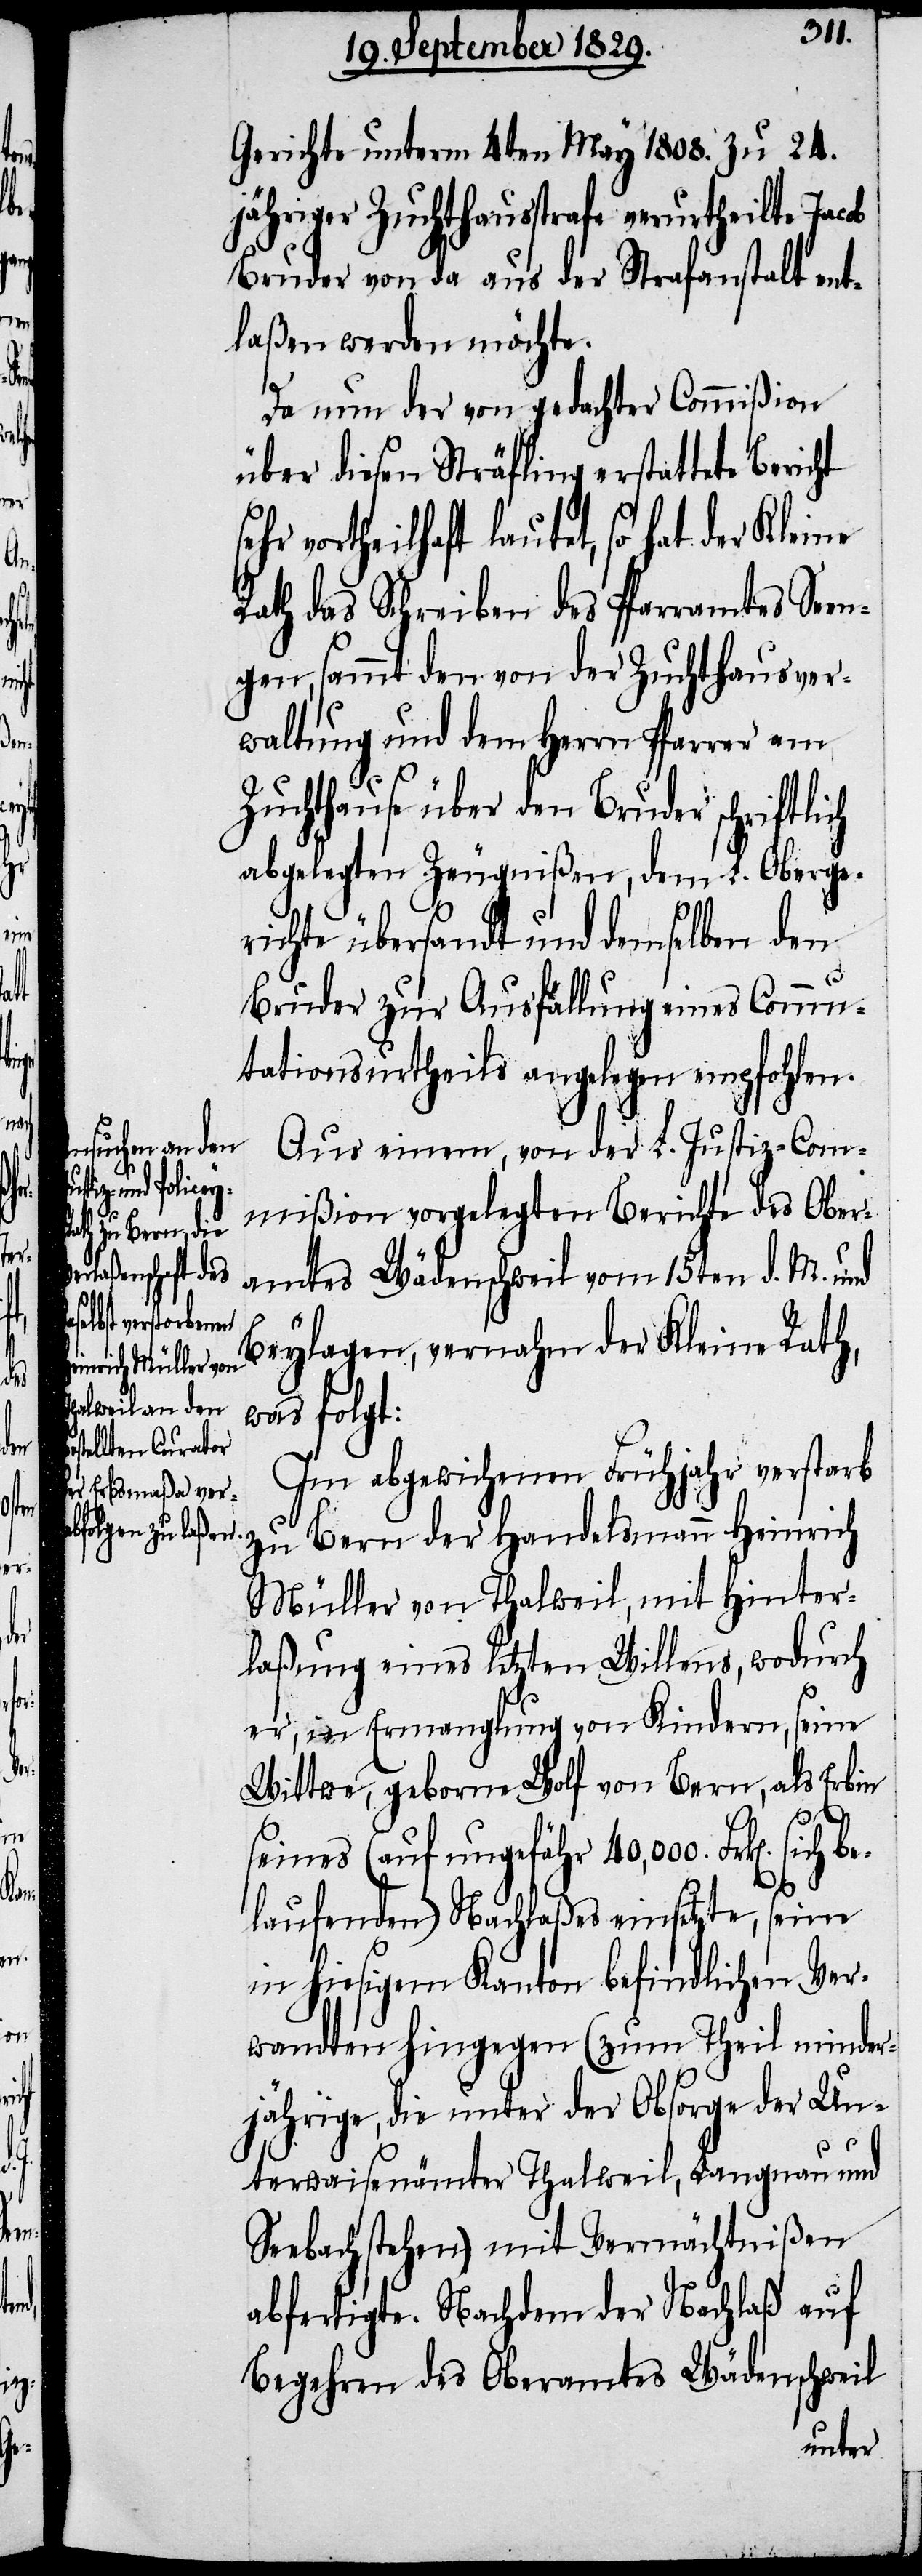
ich
be¬

ob

Gericht unterm 4ten May 1808. zu 24.
jähriger Zuchthausstrafe verurtheilte Jac¬
Bruder von da aus der Strafanstalt ent¬
laßen werden möchte.
Da nun der von gedachter Commißion
über diesen Sträfling erstattete Bericht
vortheilhaft lautet, so hat der Kleine
Rath das Schreiben des Pfarramtes Seen¬
gen, sammt den von der Zuchthausver¬
waltung und dem Herrn Pfarrer am
Zuchthause über den Bruder schriftlich
abgelegten Zeugnißen, dem L. Oberge¬
richte übersandt und demselben den
Bruder zur Ausfällung eines Commu¬
tationsurtheils angelegen empfohlen.
Aus einem, von der L. Justiz-Com¬
mißion vorgelegten Berichte des Ober¬
amtes Wädenschweil vom 15ten d. M. und
Beylagen, vernahm der Kleine Rath,
was folgt:
Im abgewichenen Frühjahr verstarb
zu Bern der Handelsmann Heinrich
Müller von Thalweil, mit Hinter¬
laßung eines letzten Willens, wodurch
er, in Ermanglung von Kindern, seine
Wittwe, geborne Wolf von Bern, als Erbin
seines (auf ungefähr 40,000 Frk[en]. s¬
laufenden) Nachlaßes einsetzte, seine
in hiesigem Kanton befindlichen Ver¬
wandten hingegen (zum Theil minder¬
jährige, die unter der Obsorge der Un¬
terwaisenämter Thalweil, Langnau und
Seebach stehen) mit Vermächtnißen
abfertigte. Nachdem der Nachlaß auf
Begehren des Oberamtes Wädenschweil